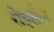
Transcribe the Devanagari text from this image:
रोइसीन